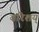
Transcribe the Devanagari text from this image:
वरिशय्